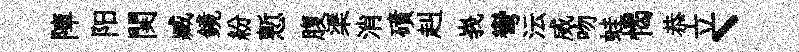
陣阳関臧鏡紛慙腹渠消磧赳峩彎沄威吻蛙愒恭立丶